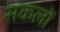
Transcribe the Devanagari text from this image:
सकलों